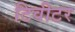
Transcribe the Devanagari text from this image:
टिवीटर